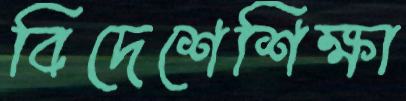
বিদেশেশিক্ষা